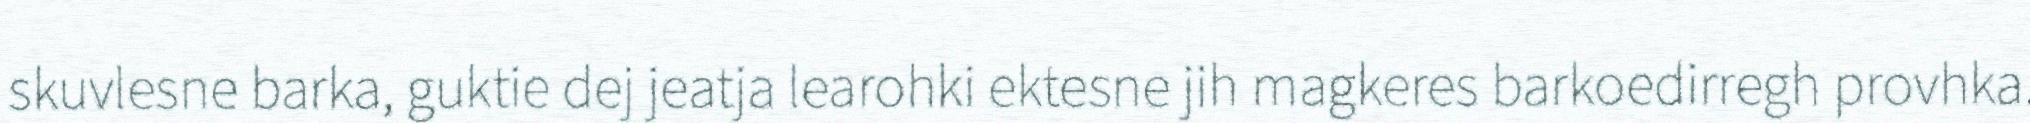
skuvlesne barka, guktie dej jeatja learohki ektesne jih magkeres barkoedirregh provhka.